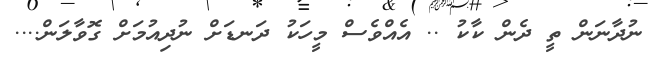
ނުދާނަން ތީ ދެން ކާކު .. އެއްވެސް މީހަކު ދަނޑަށް ނުދިއުމަށް ގޮވާލަން....